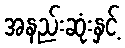
အနည်းဆုံးနှင့်